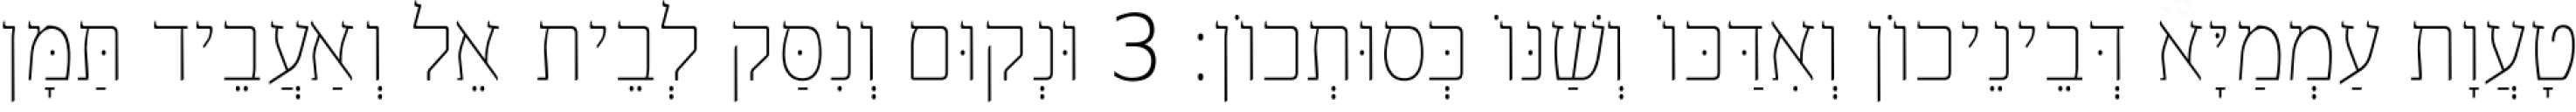
טָעֲוָת עַמְמַיָּא דְּבֵינֵיכוֹן וְאִדַּכּוֹ וְשַׁנּוֹ כְּסוּתְכוֹן׃ 3 וּנְקוּם וְנִסַּק לְבֵית אֵל וְאַעֲבֵיד תַּמָּן